Proceedings of the meeting of veterinary officers in India
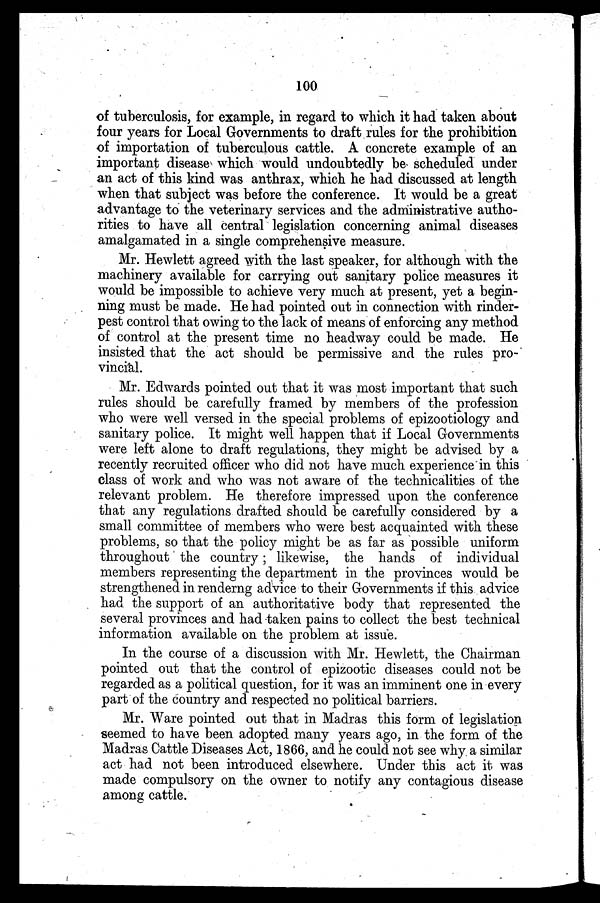
100
of tuberculosis, for example, in regard to which it had taken about
four years for Local Governments to draft rules for the prohibition
of importation of tuberculous cattle. A concrete example of an
important disease which would undoubtedly be scheduled under
an act of this kind was anthrax, which he had discussed at length
when that subject was before the conference. It would be a great
advantage to the veterinary services and the administrative autho-
rities to have all central legislation concerning animal diseases
amalgamated in a single comprehensive measure.
Mr. Hewlett agreed with the last speaker, for although with the
machinery available for carrying out sanitary police measures it
would be impossible to achieve very much at present, yet a begin-
ning must be made. He had pointed out in connection with rinder-
pest control that owing to the lack of means of enforcing any method
of control at the present time no headway could be made. He
insisted that the act should be permissive and the rules pro-
vincial.
Mr. Edwards pointed out that it was most important that such
rules should be carefully framed by members of the profession
who were well versed in the special problems of epizootiology and
sanitary police. It might well happen that if Local Governments
were left alone to draft regulations, they might be advised by a
recently recruited officer who did not have much experience in this
class of work and who was not aware of the technicalities of the
relevant problem. He therefore impressed upon the conference
that any regulations drafted should be carefully considered by a
small committee of members who were best acquainted with these
problems, so that the policy might be as far as possible uniform
throughout the country; likewise, the hands of individual
members representing the department in the provinces would be
strengthened in renderng advice to their Governments if this advice
had the support of an authoritative body that represented the
several provinces and had taken pains to collect the best technical
information available on the problem at issue.
In the course of a discussion with Mr. Hewlett, the Chairman
pointed out that the control of epizootic diseases could not be
regarded as a political question, for it was an imminent one in every
part of the country and respected no political barriers.
Mr. Ware pointed out that in Madras this form of legislation
seemed to have been adopted many years ago, in the form of the
Madras Cattle Diseases Act, 1866, and he could not see why. a similar
act had not been introduced elsewhere. Under this act it was
made compulsory on the owner to notify any contagious disease
among cattle.